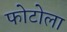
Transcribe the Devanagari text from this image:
फोटोला